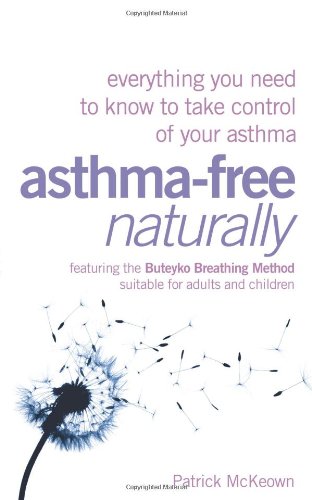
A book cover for Asthma-Free Naturally: Everything You Need to Know to Take Control of Your Asthma - Featuring the Buteyko Breathing Method Suitable for Adults and Children; Patrick McKeown MA; Health, Fitness & Dieting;